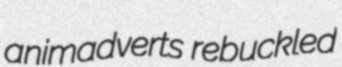
animadverts rebuckled